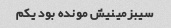
سیبزمینیش مونده بود یکم